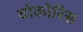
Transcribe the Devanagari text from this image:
वोकोरिस